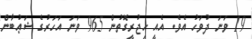
19 ވަނަ ދުވަހު އެވެ. އެއީ ހިޖުރީގޮތުން 965 ވަނަ އަހަރުގެ ޝަޢުބާން